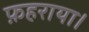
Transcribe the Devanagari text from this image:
फ़हराया।